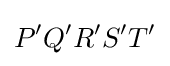
P'Q'R'S'T'